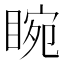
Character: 睕